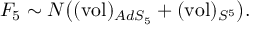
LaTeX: F _ { 5 } \sim N \big ( ( \mathrm { v o l } ) _ { A d S _ { 5 } } + ( \mathrm { v o l } ) _ { S ^ { 5 } } \big ) .